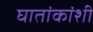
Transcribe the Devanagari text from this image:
घातांकांशी